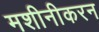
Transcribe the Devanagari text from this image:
मशीनीकरन